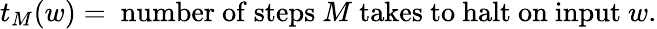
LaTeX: t_{M}(w)={\mathrm{~number~of~steps~}}M{\mathrm{~takes~to~halt~on~input~}}w.